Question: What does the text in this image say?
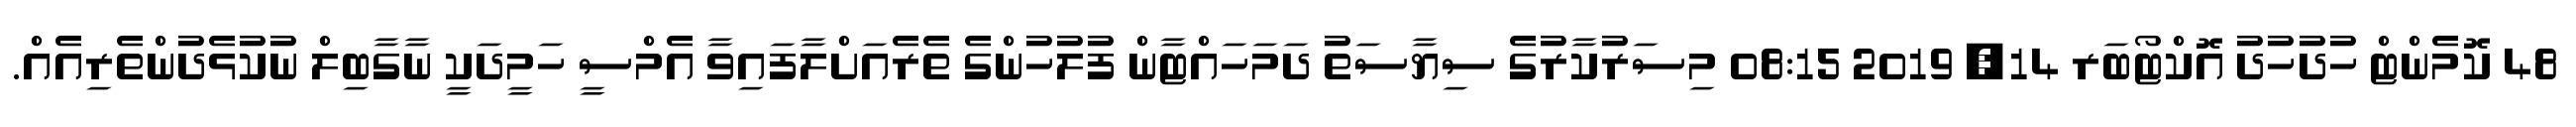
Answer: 48 ކޮމެންޓް ހުދުހުދު އޮކްޓޯބަރ 14, 2019 08:15 މިސަރުކާރުގެ ސިޔާސަތު ދަމަހައްޓާން ފުލުހުންގެ ތެރެއަށްލާފައިވާ އެމްސީ ހަމީދަކީ ނާގާބިލް ނުކުޅެދުންތެރިއެއް.